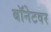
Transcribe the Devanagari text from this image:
बॉनेटवर